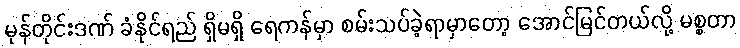
မုန်တိုင်းဒဏ် ခံနိုင်ရည် ရှိမရှိ ရေကန်မှာ စမ်းသပ်ခဲ့ရာမှာတော့ အောင်မြင်တယ်လို့ မစ္စတာ